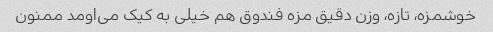
خوشمزه، تازه، وزن دقیق مزه فندوق هم خیلی به کیک می‌اومد ممنون